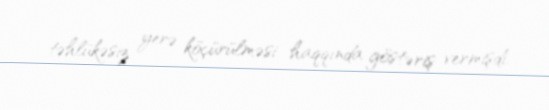
təhlükəsiz yerə köçürülməsi haqqında göstəriş vermişdi.